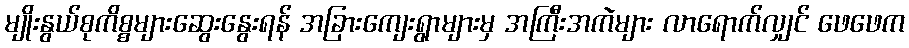
မျိုးနွယ်စုကိစ္စများဆွေးနွေးရန် အခြားကျေးရွာများမှ အကြီးအကဲများ လာရောက်လျှင် ဖေဖေက